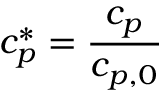
c _ { p } ^ { * } = \frac { c _ { p } } { c _ { p , 0 } }